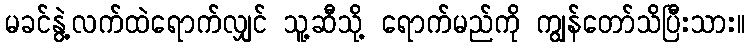
မခင်နွဲ့လက်ထဲရောက်လျှင် သူ့ဆီသို့ ရောက်မည်ကို ကျွန်တော်သိပြီးသား။